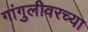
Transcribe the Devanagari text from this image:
गांगुलीवरच्या